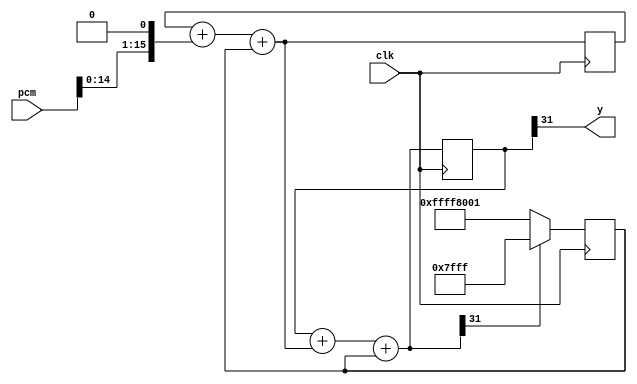
module dsm(
    input clk,
    input signed [15:0] pcm,
    output y
);
    //wire signed[31:0] compress = {{16{pcm[13]}}, pcm[13:0], 2'b0};
    wire signed[31:0] compress = {{16{pcm[14]}}, pcm[14:0], 1'b0};
    reg signed[31:0] acc1 = 0;
    reg signed[31:0] acc2 = 0;
    reg signed[31:0] feedback = 0;

    always @(posedge clk) begin
        acc1 = acc1 + compress + feedback;
        acc2 = acc2 + acc1 + feedback;
        feedback <= acc2[31] ? 32767 : -32767;
    end
    assign y = acc2[31];
endmodule